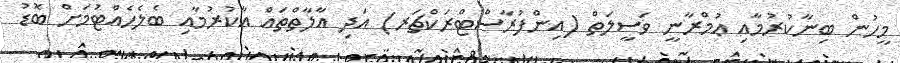
މީހުން ބިނާކުރުމާއި ޢުމްރާނީ ވަސީލަތް (އިންފުރާސްޓްރަކްޗަރ) އަދި އާލާތްތައް އާކުރުމާއި ބެލެހެއްޓުމަށް ބޮޑު